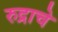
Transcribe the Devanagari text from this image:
रुद्राचे